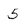
Character: 5